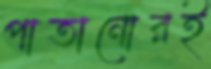
পাতানোরই